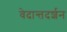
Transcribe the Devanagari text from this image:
वेदान्तदर्शन